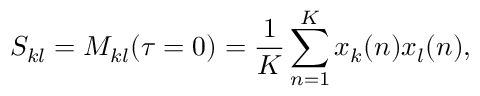
S _ { k l } = M _ { k l } ( \tau = 0 ) = \frac { 1 } { K } \sum _ { n = 1 } ^ { K } x _ { k } ( n ) x _ { l } ( n ) ,